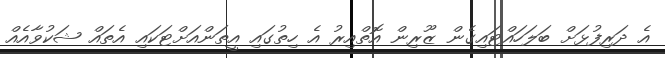
އެ ދަރިފުޅަށް ބަލަހައްޓައިގެން ޒޫރިން އޮތްއިރު އެ ހިތުގައި އީތަންއަށްޓަކައި އެތައް ޝަކުވާއެއް